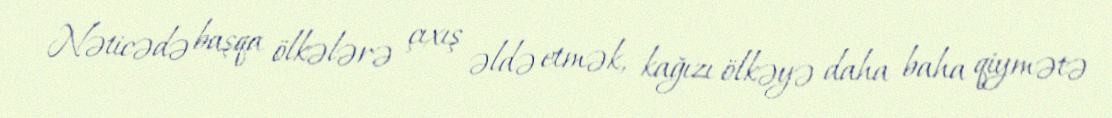
Nəticədə başqa ölkələrə çıxış əldə etmək, kağızı ölkəyə daha baha qiymətə